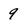
Character: 9